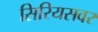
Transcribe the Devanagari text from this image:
सिरियसवर